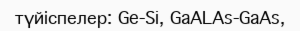
түйіспелер: Ge-Si, GaALAs-GaAs,